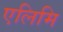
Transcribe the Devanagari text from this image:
एलिमि